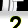
Digit: 2